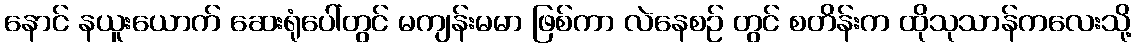
နောင် နယူးယောက် ဆေးရုံပေါ်တွင် မကျန်းမမာ ဖြစ်ကာ လဲနေစဉ် တွင် စတိန်းက ထိုသုသာန်ကလေးသို့